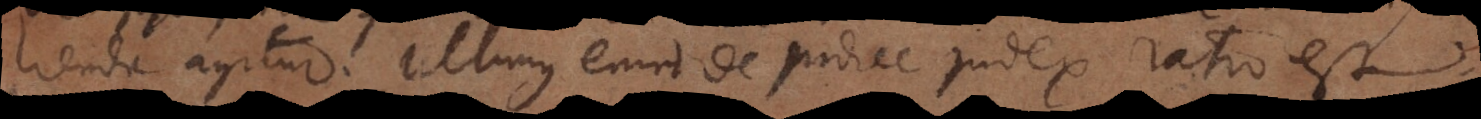
lienda agitur. Ultimus enim de judice judex ratio est